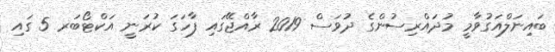
ބައިނަލްއަގުވާމީ މުދައްރިސުންގެ ދުވަސް 2019 ރާއްޖޭގައި ފާހަގަ ކުރަނީ އަކްޓޯބަރ 5 ގައި